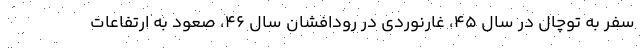
سفر به توچال در سال ۴۵، غارنوردی در رودافشان سال ۴۶، صعود به ارتفاعات